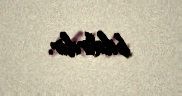
bildirilir.